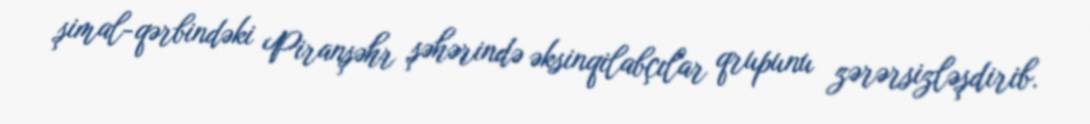
şimal-qərbindəki Piranşəhr şəhərində əksinqilabçılar qrupunu zərərsizləşdirib.